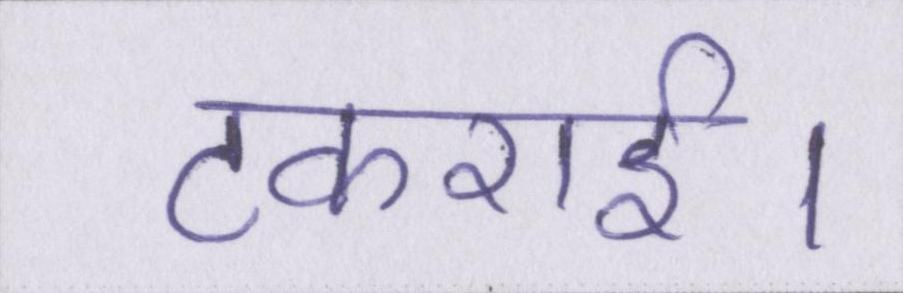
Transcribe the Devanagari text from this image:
टकराई।